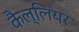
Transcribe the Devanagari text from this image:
कैल्लियर